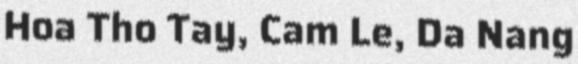
Hoa Tho Tay, Cam Le, Da Nang